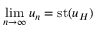
\operatorname* { l i m } _ { n \to \infty } u _ { n } = { \mathrm { s t } } ( u _ { H } )